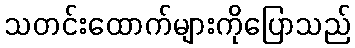
သတင်းထောက်များကိုပြောသည်